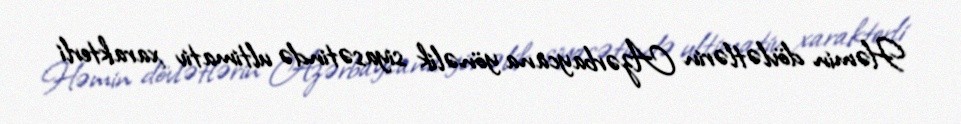
Həmin dövlətlərin Azərbaycana yönəlik siyasətində ultimativ xarakterli